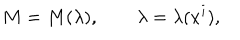
M = M ( \lambda ) , \qquad \lambda = \lambda ( x ^ { i } ) ,